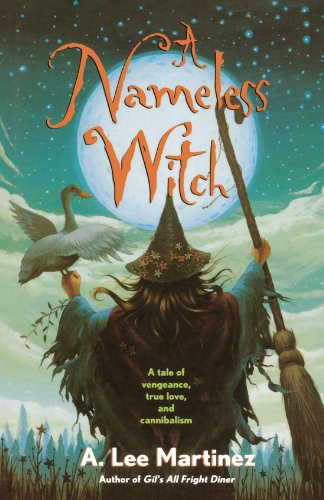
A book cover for A Nameless Witch; A. Lee Martinez; Science Fiction & Fantasy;